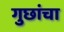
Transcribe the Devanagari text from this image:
गुछांचा